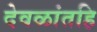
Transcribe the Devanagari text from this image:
देवळांतहि